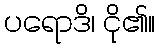
ပရောဒိ၊ ငို၏။